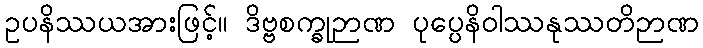
ဥပနိဿယအားဖြင့်။ ဒိဗ္ဗစက္ခုဉာဏ ပုပ္ပေနိဝါဿနုဿတိဉာဏ